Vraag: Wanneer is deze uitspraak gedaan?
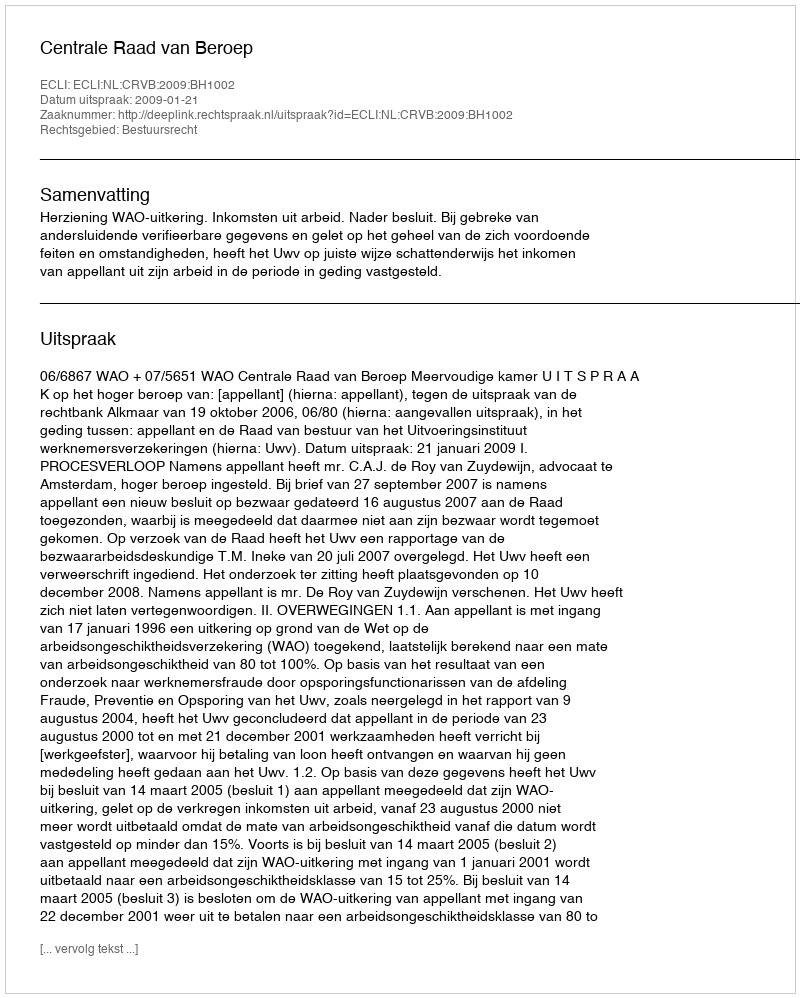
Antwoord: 2009-01-21